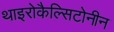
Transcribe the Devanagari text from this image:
थाइरोकैल्सिटोनीन